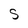
Character: S